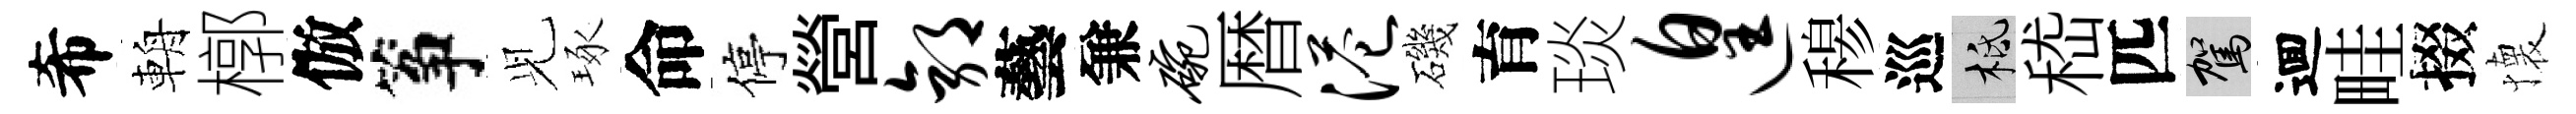
希輈槨倣筝𫤗琢命停營郭藝兼碗暦港磯育琰遑𥠇巡柢嵇匹駕逥畦掇懐